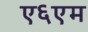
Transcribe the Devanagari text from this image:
ए६एम